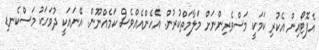
އެފޮޓޯއިން އެކުރި ކަމަކީ މަސްވެރިންނަށް މަލާމަތްކުރުން. އެހެންއެއްވެސް ކަމެއްނޫން. އޭނައަކީ ދުވަހަކު މަސްކެނޑި